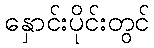
နှောင်းပိုင်းတွင်